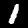
Label: 1